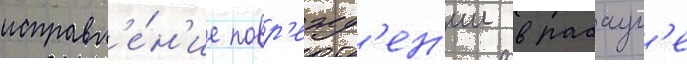
исправл'е́н'ие повр'ежд'ен'ии в рабаул'е